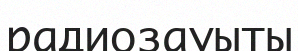
радиозауыты